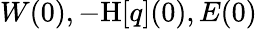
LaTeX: W(0),-\mathrm{H}[q](0),E(0)